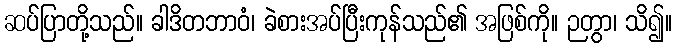
ဆပ်ပြာတို့သည်။ ခါဒိတဘာဝံ၊ ခဲစားအပ်ပြီးကုန်သည်၏ အဖြစ်ကို။ ဉတွာ၊ သိ၍။